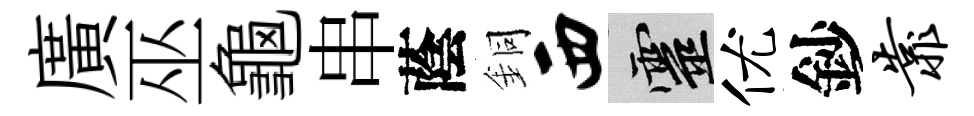
廣巫龜串蔭銅西靈优鈔靠